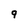
Character: 9